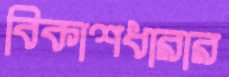
বিকাশধারার